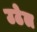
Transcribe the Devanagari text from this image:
उठेल